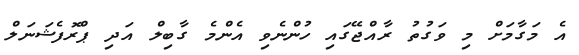
އެ މަގާމަށް މި ވަގުތު ރާއްޖޭގައި ހުންނެވި އެންމެ ގާބިލް އަދި ޕްރޮފެޝަނަލް